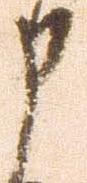
申